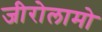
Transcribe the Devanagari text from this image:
जीरोलामो